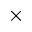
\times